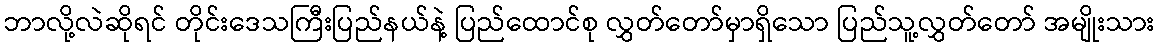
ဘာလို့လဲဆိုရင် တိုင်းဒေသကြီးပြည်နယ်နဲ့ ပြည်ထောင်စု လွှတ်တော်မှာရှိသော ပြည်သူ့လွှတ်တော် အမျိုးသား